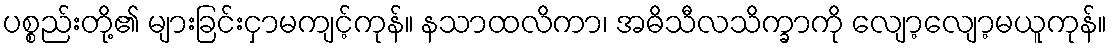
ပစ္စည်းတို့၏ များခြင်းငှာမကျင့်ကုန်။ နသာထလိကာ၊ အဓိသီလသိက္ခာကို လျော့လျော့မယူကုန်။